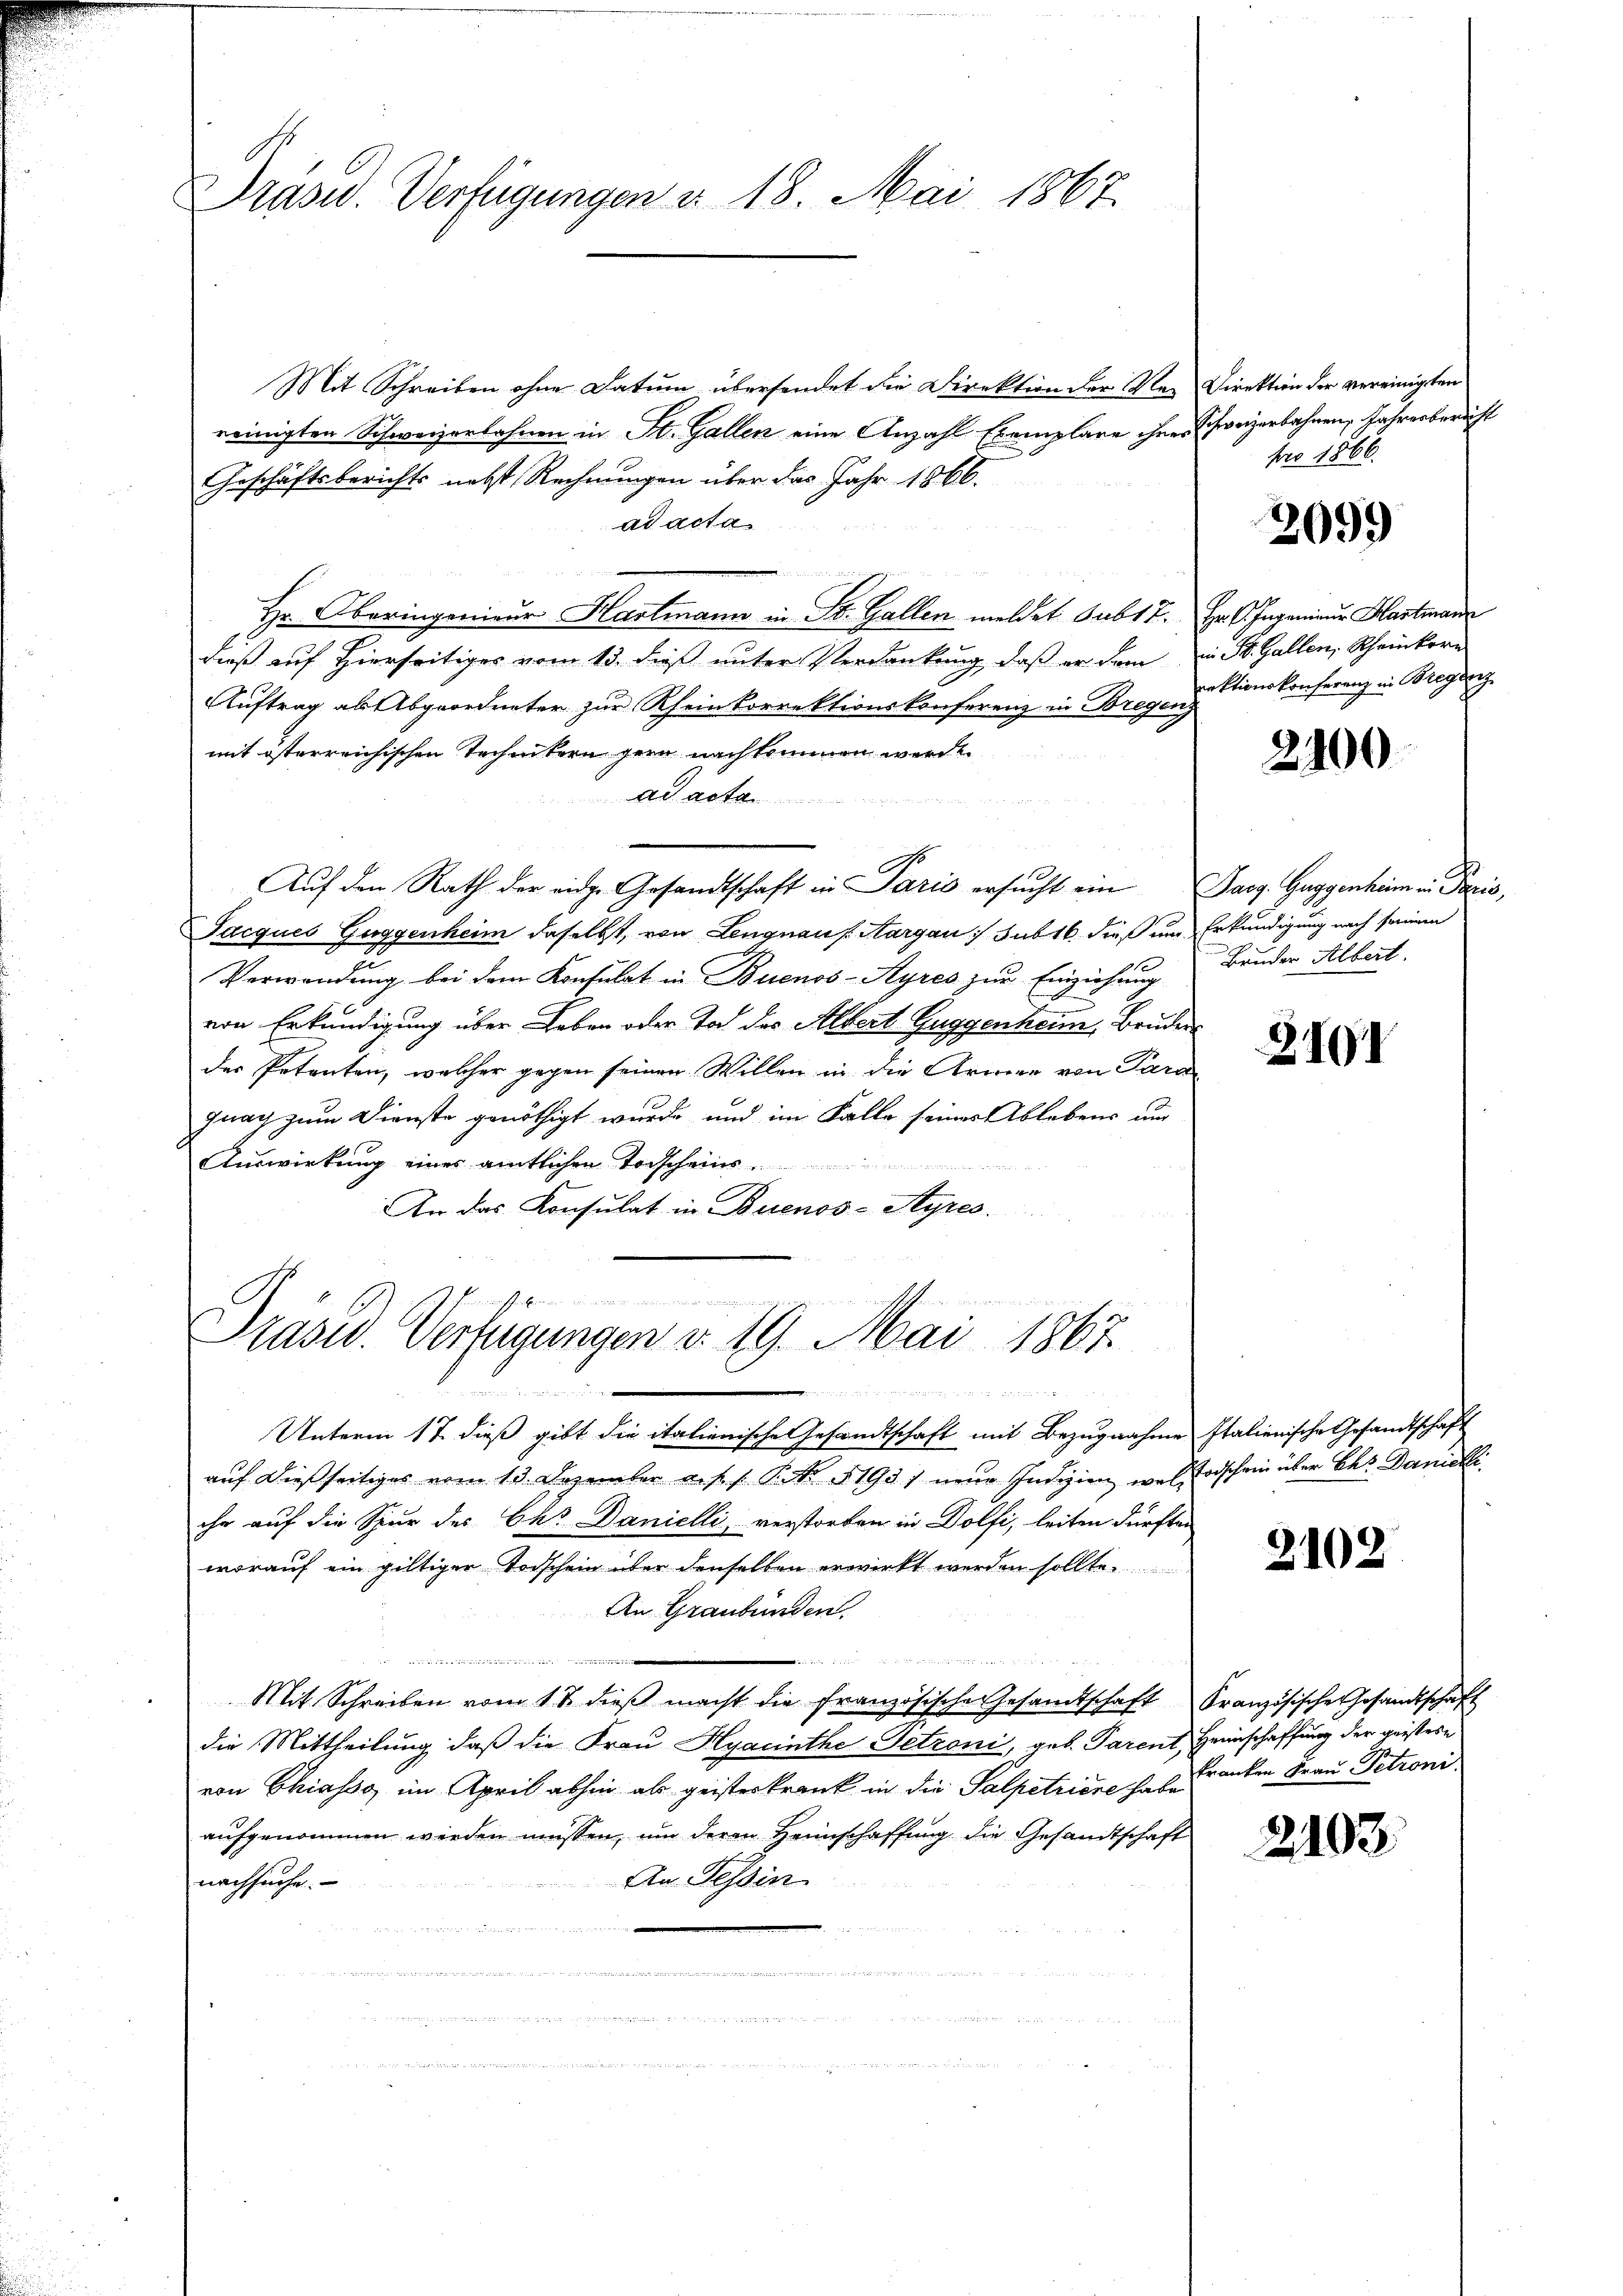
Präsid.. Verfügungen v. 18. Mai 1867.

Mit Schreiben ohne Datum übersendet die Direktion der Re- Direktion der vereinigten
reinigten Schweizerbahnen in St. Gallen eine Anzahl Exemplare ihrer Schweizerbahnen, Jahresbericht
Geschäftsberichts nebst Rechnungen über das Jahr 1866.
ad acta
.
Hr. Oberingenieur Hartmann in St. Gallen meldet subt 7. Hr. C. Ingenieur Hartmann
dieß auf Hierseitiges vom 13. dieß unter Verdankung, daß er dem in St. Gallen, Scheinkorn
Auftrag als Abgeordneter zur Rheinkorrektionskonferenz in Bregenz
mit österreichischen Technikern gern nachkommen werde
ad acta
Auf den Rath der eidge Gesandtschaft in Paris ersucht ein Sarg. Guggenheim in Paris,
Jacques Guggenheim daselbst, von Lengnauf Aargau subst dieß um Erkundigung nach seinem
Verwendung bei dem Konsulat in Buenos-Ayres zur Einziehung Bruder Albert.
b
von Erkundigung über Leben oder Tod des Albert Guggenheim, Bruder
der Petenten, welcher gegen seinen Willen in die Armen von Para
gnag zum Dienste genöthigt wurde, und im Falle seines Ablebens und
e
Auswirkung eines amtlichen Todscheins
An das Konsulat in Buenos-Styres.

Präsid. Verfügungen v. 19. Mai 1867.
2

pro 1866.

ede der Mit
Unterm 17. dieß gibt die italienische Gesandtschaft mit Bezugnahme Italienische Gesandtschaft
auf dießseitiges vom 13. Dezember a. p. 1 Petr. § 1931 neue Indizien wol Todschein über bes. Danielli
ihr auf die Spur des Ohr Danielli, verstorben in Dolfi, leiten dürften
worauf ein gültiger Todschein über denselben erwirkt werden sollte.
An Graubünden.

  die
Mit Schreiben vom 17. dieβ macht die französische Gesandtschaft Französischer Gesandtschaft
die Mittheilung daß die Frau Hyacinthe Tetzoni, geb. Parent, Heimschaffung der geistere
von Chiasso im April abhin als geisteskrank in die Salpetriere heranken Frau Petroni
aufgenommen werden müssen, um deren Heimschaffung die Gesandtschaft
An Tessin
nachsuche.
.

2099

rektionskonferenz in Bregenz

2400

Z.191

2102

2103